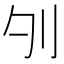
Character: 𠚭